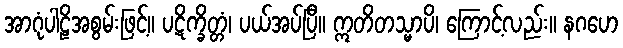
အာဂုံပါဠိအစွမ်းဖြင့်။ ပဋိက္ခိတ္တံ၊ ပယ်အပ်ပြီ။ ဣတိတသ္မာပိ၊ ကြောင့်လည်း။ နဂဟေ